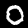
Digit: 0